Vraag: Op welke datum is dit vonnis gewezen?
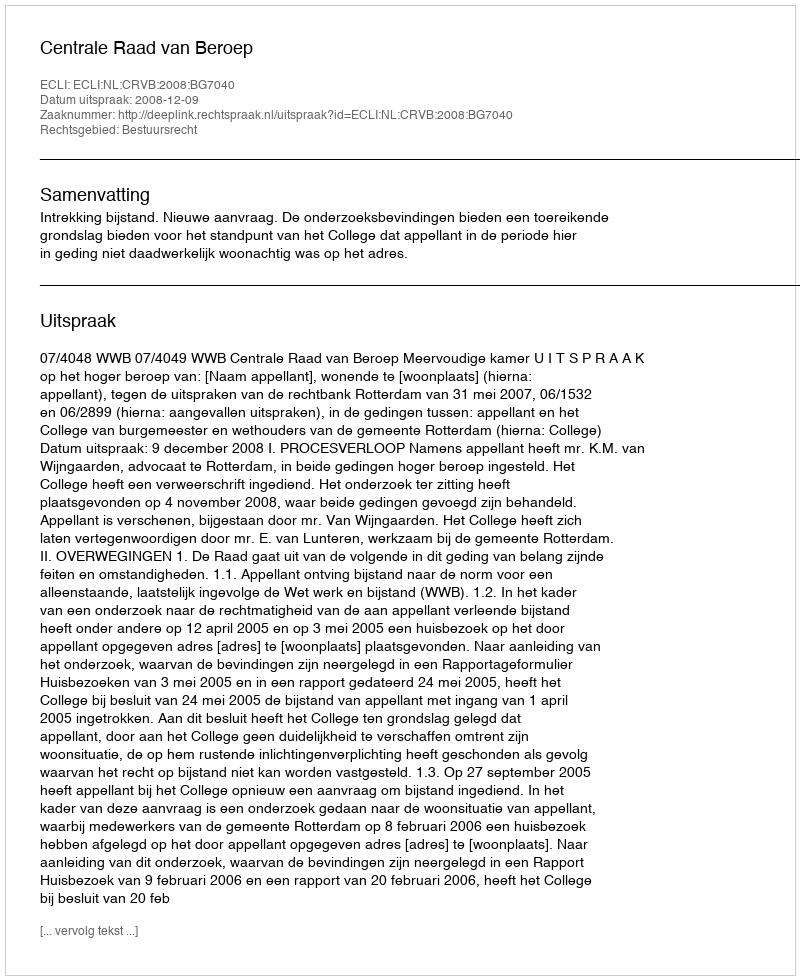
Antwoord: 2008-12-09